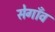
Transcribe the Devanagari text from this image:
सेगाँव